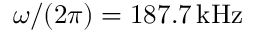
\omega / ( 2 \pi ) = 1 8 7 . 7 \, \mathrm { k H z }